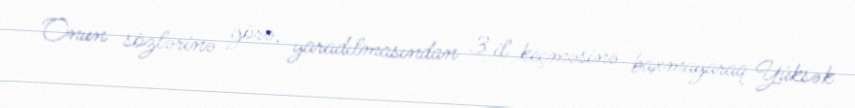
Onun sözlərinə görə, yaradılmasından 3 il keçməsinə baxmayaraq Yüksək